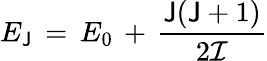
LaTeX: E_{\mathsf{J}}\, =\, E_{0}\, +\, \frac{{\mathsf{J}(\mathsf{J}+1)}}{{2\cal{I}}}